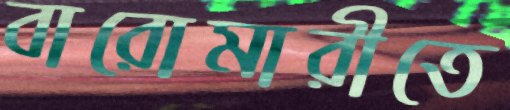
বারোমারীতে